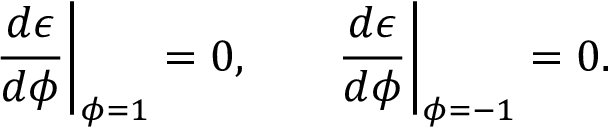
\small \left. \frac { d \epsilon } { d \phi } \right| _ { \phi = 1 } = 0 , \qquad \left. \frac { d \epsilon } { d \phi } \right| _ { \phi = - 1 } = 0 .